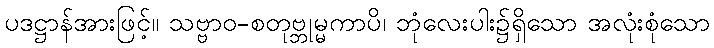
ပဒဋ္ဌာန်အားဖြင့်။ သဗ္ဗာဝ-စတုဗ္ဘုမ္မကာပိ၊ ဘုံလေးပါး၌ရှိသော အလုံးစုံသော